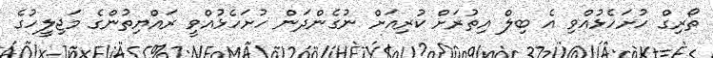
ތޯރިގް ހުށަހެޅުއްވި އެ ބިލް އިތުރަށް ކުރިއަށް ނުގެންދަން ހުށަހެޅުއްވީ ރައްޔިތުންގެ މަޖިލީހުގެ